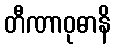
တီဏာဝုဓာနိ